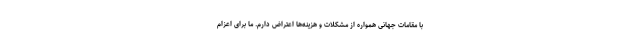
با مقامات جهانی همواره از مشکلات و هزینه‌ها اعتراض دارم. ما برای اعزام